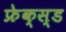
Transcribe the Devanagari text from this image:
फ्रेक्स्ड